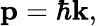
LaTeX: \mathbf{p}=\hbar\mathbf{k},